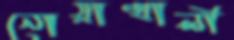
নোয়াখালী